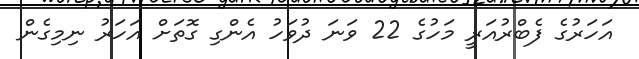
އަހަރުގެ ފެބްރުއަރީ މަހުގެ 22 ވަނަ ދުވަހު އެންގި ގޮތަށް އަހަރު ނިމިގެން